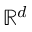
\mathbb { R } ^ { d }